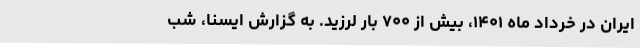
ایران در خرداد ماه ۱۴۰۱، بیش از ۷۰۰ بار لرزید. به گزارش ایسنا، شب